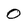
Character: 0